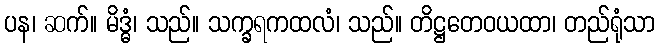
ပန၊ ဆက်။ မိဒ္ဓံ၊ သည်။ သက္ခရကထလံ၊ သည်။ တိဋ္ဌတေဝယထာ၊ တည်ရုံသာ